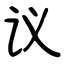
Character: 议